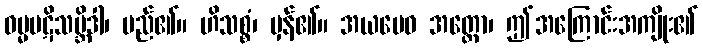
ဓမ္မပဋိသမ္ဘိဒါ၊ မည်၏။ ဟိသစ္စံ၊ မှန်၏။ အယမေဝ အတ္ထော၊ ဤအကြောင်းအကျိုး၏